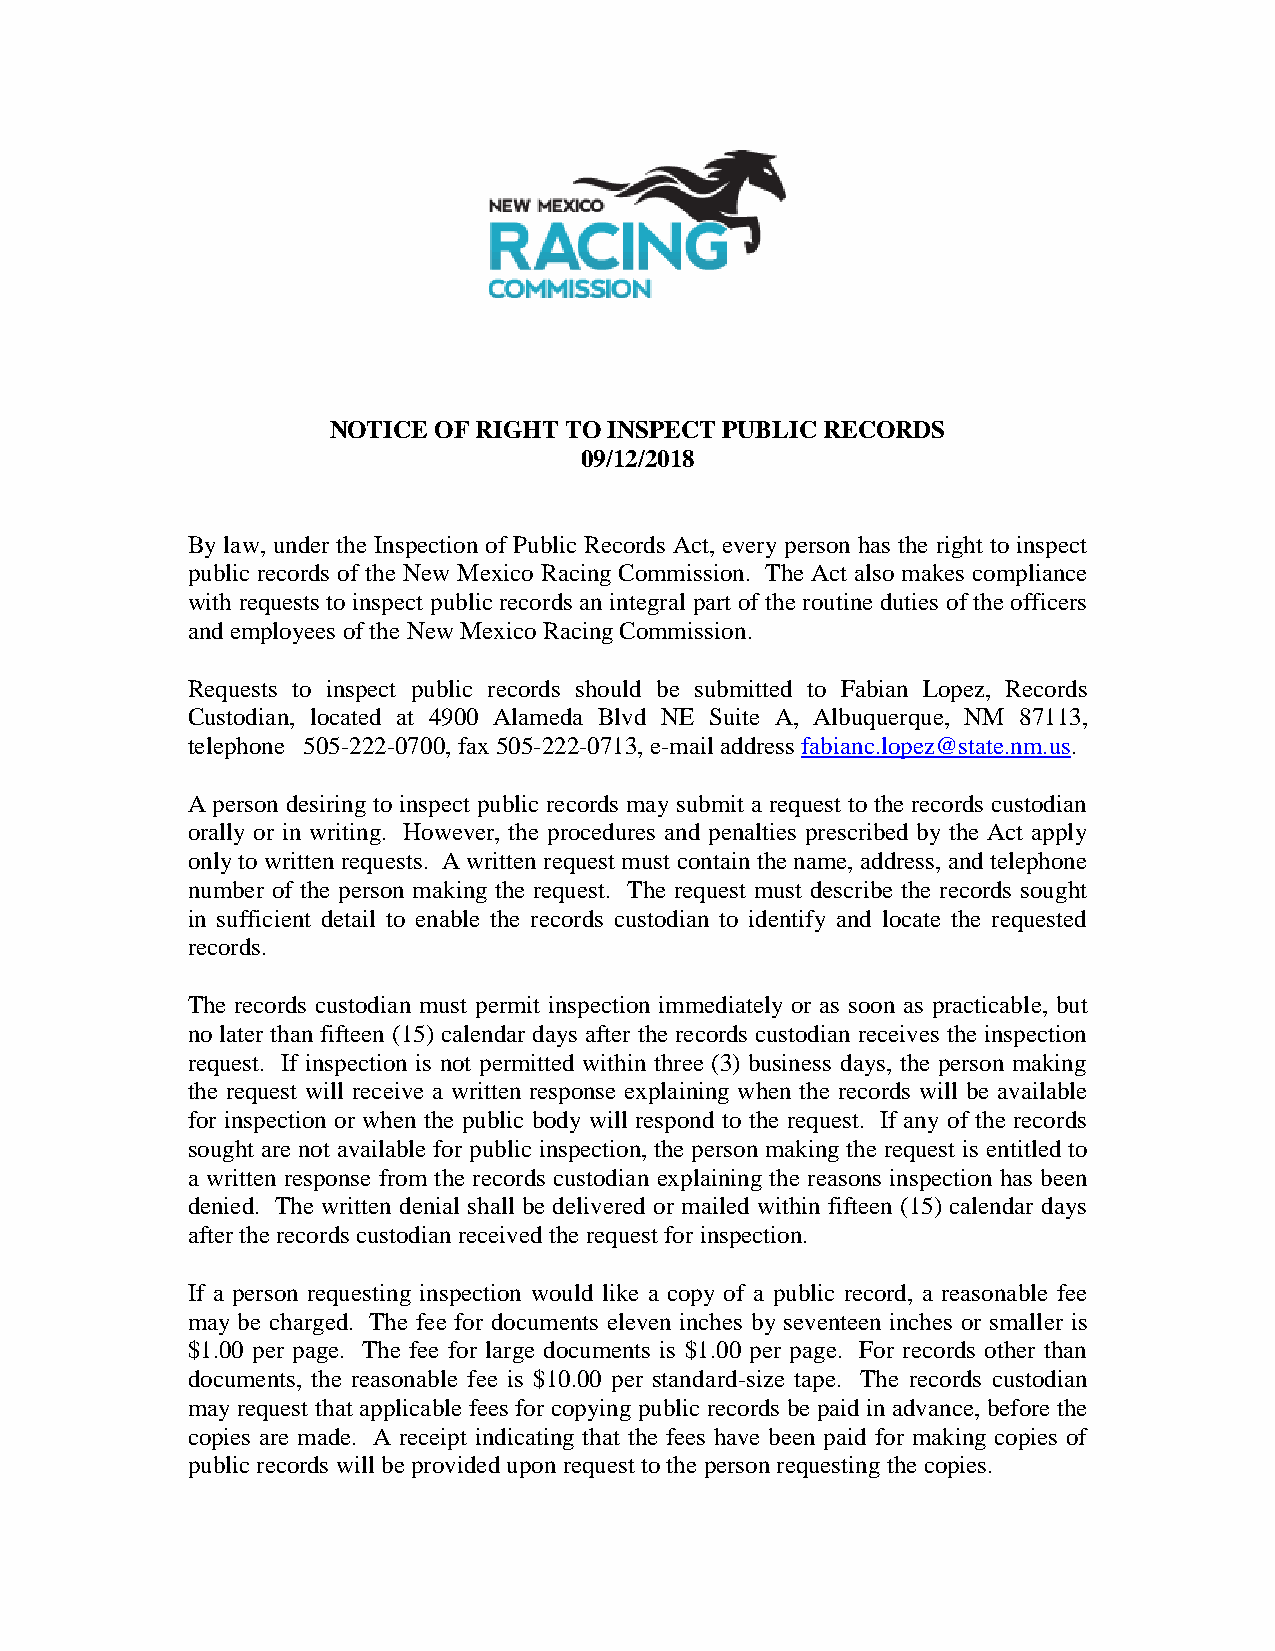
NOTICE OF RIGHT TO INSPECT PUBLIC RECORDS
 09/12/2018
 By law, under the Inspection of Public Records Act, every person has the right to inspect
 public records of the New Mexico Racing Commission. The Act also makes compliance
 with requests to inspect public records an integral part of the routine duties of the officers
 and employees of the New Mexico Racing Commission.
 Requests to inspect public records should be submitted to Fabian Lopez, Records
 Custodian, located at 4900 Alameda Blvd NE Suite A, Albuquerque, NM 87113,
 telephone 505-222-0700, fax 505-222-0713, e-mail address fabianc.lopez@state.nm.us.
 A person desiring to inspect public records may submit a request to the records custodian
 orally or in writing. However, the procedures and penalties prescribed by the Act apply
 only to written requests. A written request must contain the name, address, and telephone
 number of the person making the request. The request must describe the records sought
 in sufficient detail to enable the records custodian to identify and locate the requested
 records.
 The records custodian must permit inspection immediately or as soon as practicable, but
 no later than fifteen (15) calendar days after the records custodian receives the inspection
 request. If inspection is not permitted within three (3) business days, the person making
 the request will receive a written response explaining when the records will be available
 for inspection or when the public body will respond to the request. If any of the records
 sought are not available for public inspection, the person making the request is entitled to
 a written response from the records custodian explaining the reasons inspection has been
 denied. The written denial shall be delivered or mailed within fifteen (15) calendar days
 after the records custodian received the request for inspection.
 If a person requesting inspection would like a copy of a public record, a reasonable fee
 may be charged. The fee for documents eleven inches by seventeen inches or smaller is
 $1.00 per page. The fee for large documents is $1.00 per page. For records other than
 documents, the reasonable fee is $10.00 per standard-size tape. The records custodian
 may request that applicable fees for copying public records be paid in advance, before the
 copies are made. A receipt indicating that the fees have been paid for making copies of
 public records will be provided upon request to the person requesting the copies.